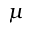
\mu